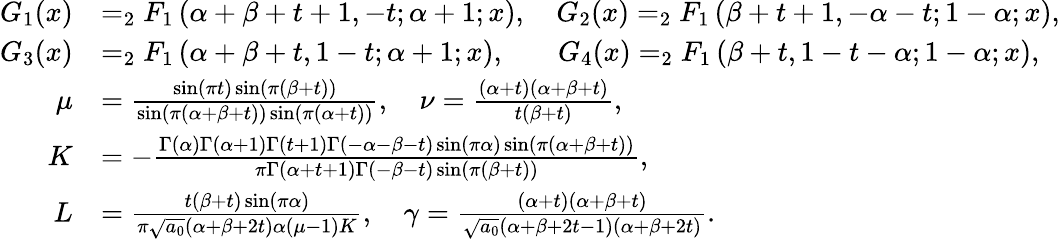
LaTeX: \begin{array}{rl}{G_{1}(x)}&{=_{2}F_{1}\left(\alpha+\beta+t+1,-t;\alpha+1;x\right),\quad G_{2}(x)=_{2}F_{1}\left(\beta+t+1,-\alpha-t;1-\alpha;x\right),}\\ {G_{3}(x)}&{=_{2}F_{1}\left(\alpha+\beta+t,1-t;\alpha+1;x\right),\quad\; \; \; G_{4}(x)=_{2}F_{1}\left(\beta+t,1-t-\alpha;1-\alpha;x\right),}\\ {\mu}&{=\frac{\sin(\pi t)\sin(\pi(\beta+t))}{\sin(\pi(\alpha+\beta+t))\sin(\pi(\alpha+t))},\quad\nu=\frac{(\alpha+t)(\alpha+\beta+t)}{t(\beta+t)},}\\ {K}&{=-\frac{\Gamma(\alpha)\Gamma(\alpha+1)\Gamma(t+1)\Gamma(-\alpha-\beta-t)\sin(\pi\alpha)\sin(\pi(\alpha+\beta+t))}{\pi\Gamma(\alpha+t+1)\Gamma(-\beta-t)\sin(\pi(\beta+t))},}\\ {L}&{=\frac{t(\beta+t)\sin(\pi\alpha)}{\pi\sqrt{a_{0}}(\alpha+\beta+2t)\alpha(\mu-1)K},\quad\gamma=\frac{(\alpha+t)(\alpha+\beta+t)}{\sqrt{a_{0}}(\alpha+\beta+2t-1)(\alpha+\beta+2t)}.}\end{array}